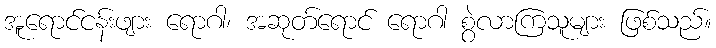
အူရောင်ငန်းဖျား ရောဂါ၊ အဆုတ်ရောင် ရောဂါ စွဲလာကြသူများ ဖြစ်သည်။